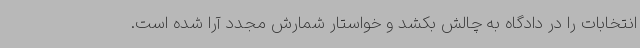
انتخابات را در دادگاه به چالش بکشد و خواستار شمارش مجدد آرا شده است.